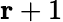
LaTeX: \mathbf{r}+1